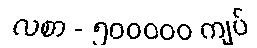
လစာ - ၅၀၀၀၀၀ ကျပ်